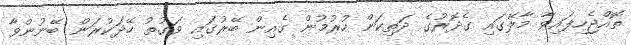
ތޮއްޖެހިފައިވާ މާލޭގައި ގެދޮރުގެ ދަތިކަން ހުރުމުން ގެއިން ބޭރުގައި ވަގުތު ހޭދަކުރަން ބޭނުންވާ